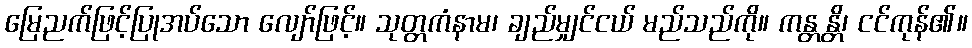
မြေညက်ဖြင့်ပြုအပ်သော လျော်ဖြင့်။ သုတ္တကံနာမ၊ ချည်မျှင်ငယ် မည်သည်ကို။ ကန္တန္တိ၊ ငင်ကုန်၏။